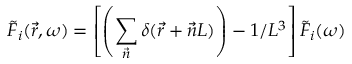
\Tilde { F } _ { i } ( \vec { r } , \omega ) = \left[ \left( \sum _ { \vec { n } } \delta ( \vec { r } + \vec { n } L ) \right) - 1 / L ^ { 3 } \right] \Tilde { F } _ { i } ( \omega )